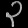
Digit: ၃